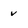
Character: v